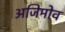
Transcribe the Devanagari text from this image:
अजिमोव